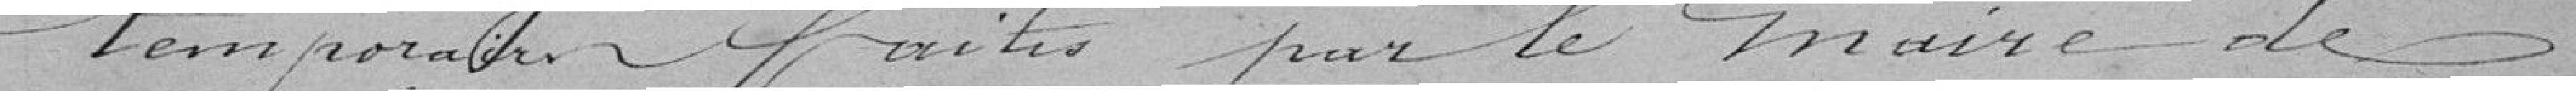
temporaires faites par le Maire de